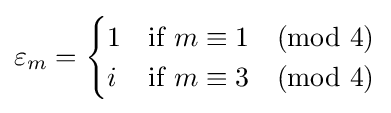
\varepsilon _{m}={\begin{cases}1&{\text{if}}\ m\equiv 1{\pmod {4}}\\i&{\text{if}}\ m\equiv 3{\pmod {4}}\end{cases}}